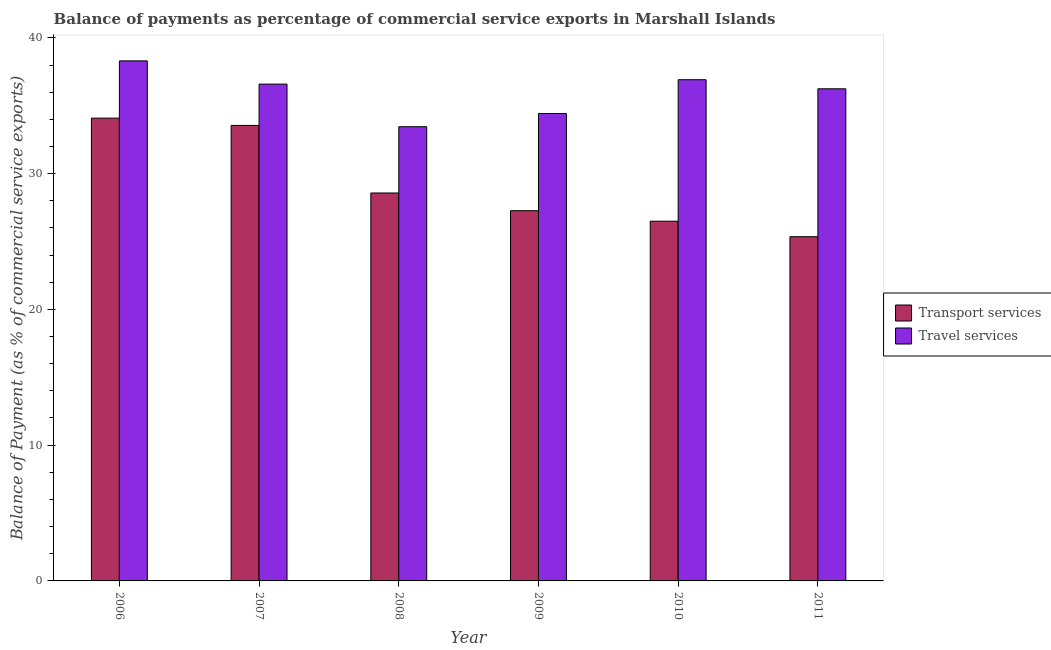
| Year | Transport services | Travel services |
 | --- | --- | --- |
 | 2006 | 34.1 | 38.3 |
 | 2007 | 33.5 | 36.6 |
 | 2008 | 28.6 | 33.5 |
 | 2009 | 27.3 | 34.4 |
 | 2010 | 26.5 | 36.9 |
 | 2011 | 25.4 | 36.2 |